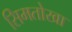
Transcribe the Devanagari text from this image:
सिमतोखा